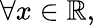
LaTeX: \forall x\in\mathbb{R},